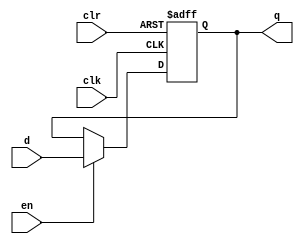
// periodically change and manifest the state of DFFE
// The DFFE contains a register, whose size is decided by a parameter N.
module dffe_ref(q, d, clk, en, clr);
	parameter N = 32;
   //Inputs
   input clk, clr, en;
   input[N - 1: 0] d;

	//Output
   output[N - 1: 0] q;

   //Internal wire
   wire clr;

   //Register
   reg[N - 1: 0] q;

   //Intialize q to N-bit zeros
   initial
   begin
       q = {N{1'b0}};
   end

   //Set value of q on positive edge of the clock or clear
   always @(posedge clk or posedge clr) begin
       //If clear is high, set q to zeros
       if (clr) begin
           q <= {N{1'b0}};
       //If enable is high, set q to the value of d
       end else if (en) begin
           q <= d;
       end
   end
endmodule

// use to divide a clock to double the period
module clock_divider(clk, out_clk);
output reg out_clk;
input clk;
initial out_clk = 1'b0;
always @(posedge clk)
begin
     out_clk <= ~out_clk;
end
endmodule